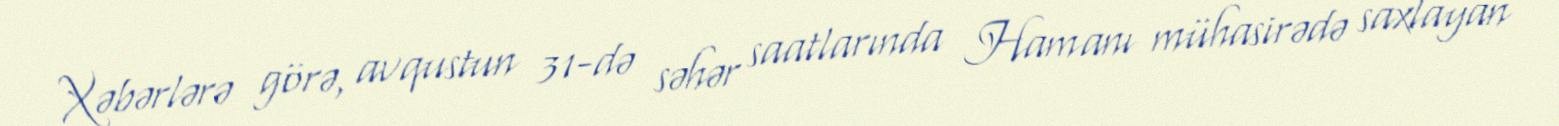
Xəbərlərə görə, avqustun 31-də səhər saatlarında Hamanı mühasirədə saxlayan